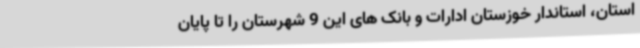
استان، استاندار خوزستان ادارات و بانک های این 9 شهرستان را تا پایان